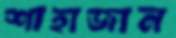
শাহাজান